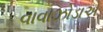
વાવાઝોડાએ